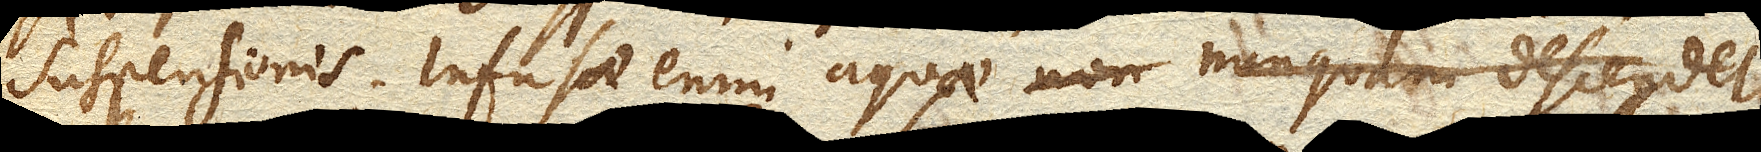
suspensionis. Infusae enim aquae nunquam descendet